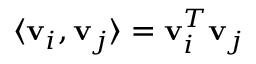
\langle { \bf v } _ { i } , { \bf v } _ { j } \rangle = { \bf v } _ { i } ^ { T } { \bf v } _ { j }